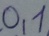
Text: 0,1